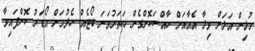
މުޅިން އަލަށް ވިލާ އެއާއަށް ހާއްސަކޮށްގެން ހަތަރުވަނަ ބޯޓެއް ހެދުމަށް އޯޑަރު ކޮށްފައިވާ